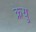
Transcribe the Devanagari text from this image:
क्रेयु